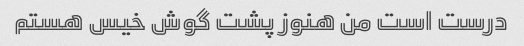
درست است من هنوز پشت گوش خیس هستم